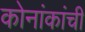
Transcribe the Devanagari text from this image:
कोनांकांची